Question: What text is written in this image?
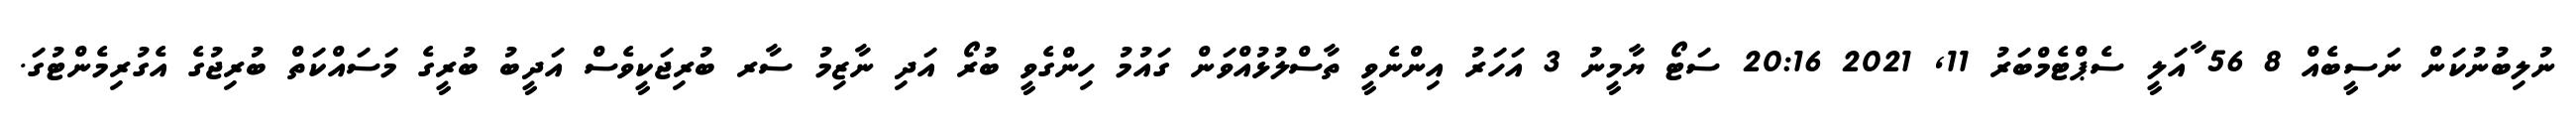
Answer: ނުލިބުނުކަން ނަސީބެއް 8 56 ާއަލީ ސެޕްޓެމްބަރު 11, 2021 20:16 ސަޓޯ ޔާމީނު 3 އަހަރު އިންނެވީ ތާސްލުޅުއްވަން ގައުމު ހިންގެވީ ބުރޯ އަދި ނާޒިމު ސާރ ބުރިޖަކީވެސް އަދީބު ބުރީގެ މަސައްކަތް ބުރިޖުގެ އެގުރިމެންޓުގަ.